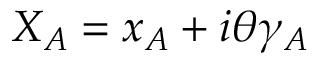
X _ { \cal A } = x _ { \cal A } + i \theta \gamma _ { \cal A }